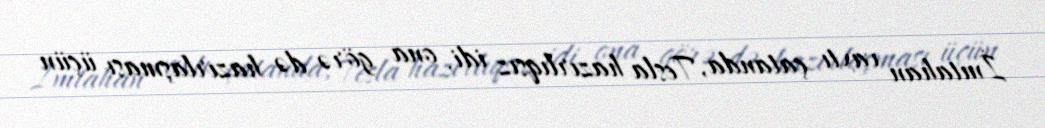
İmtahan vaxtı çatanda, Tesla hazırlıqsız idi, ona görə də hazırlaşması üçün